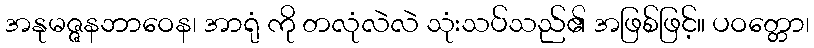
အနုမဇ္ဇနဘာဝေန၊ အာရုံ ကို တလုံလဲလဲ သုံးသပ်သည်၏ အဖြစ်ဖြင့်။ ပဝတ္တော၊